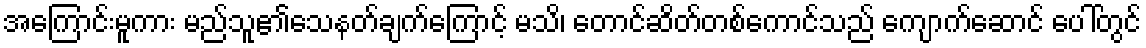
အကြောင်းမူကား မည်သူ၏သေနတ်ချက်ကြောင့် မသိ၊ တောင်ဆိတ်တစ်ကောင်သည် ကျောက်ဆောင် ပေါ်တွင်